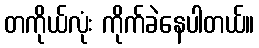
တကိုယ်လုံး ကိုက်ခဲနေပါတယ်။